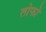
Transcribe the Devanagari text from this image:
तोफो